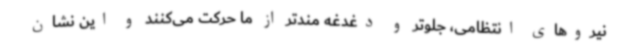
نیروهای انتظامی، جلوتر و دغدغه مندتر از ما حرکت می‌کنند و این نشان